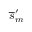
\overline { { s } } _ { m } ^ { \prime }